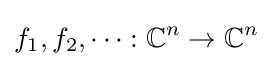
f_{1},f_{2},\dots :\mathbb {C} ^{n}\to \mathbb {C} ^{n}